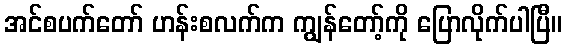
အင်စပက်တော် ဟန်းစလက်က ကျွန်တော့်ကို ပြောလိုက်ပါပြီ။